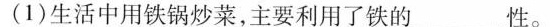
(1)生活中用铁锅炒菜，主要利用了铁的______性。